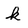
Character: k